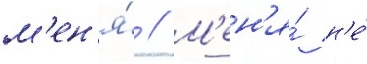
м'ен'я́ // М'ен'я́ н'е́